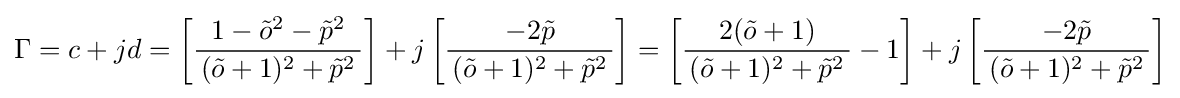
\Gamma =c+jd=\left[{\frac {1-{\tilde {o}}^{2}-{\tilde {p}}^{2}}{\,({\tilde {o}}+1)^{2}+{\tilde {p}}^{2}\,}}\right]+j\left[{\frac {-2{\tilde {p}}}{\,({\tilde {o}}+1)^{2}+{\tilde {p}}^{2}\,}}\right]=\left[{\frac {2({\tilde {o}}+1)}{\,({\tilde {o}}+1)^{2}+{\tilde {p}}^{2}\,}}-1\right]+j\left[{\frac {-2{\tilde {p}}}{\,({\tilde {o}}+1)^{2}+{\tilde {p}}^{2}\,}}\right]